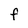
Character: F